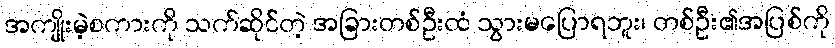
အကျိုးမဲ့စကားကို သက်ဆိုင်တဲ့ အခြားတစ်ဦးထံ သွားမပြောရဘူး၊ တစ်ဦး၏အပြစ်ကို